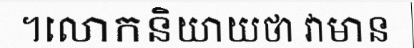
។លោកនិយាយថា វាមាន